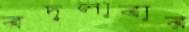
বদলাবার